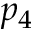
p _ { 4 }